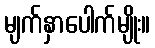
မျက်နှာပေါက်မျိုး။